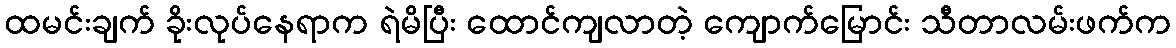
ထမင်းချက် ခိုးလုပ်နေရာက ရဲမိပြီး ထောင်ကျလာတဲ့ ကျောက်မြောင်း သီတာလမ်းဖက်က